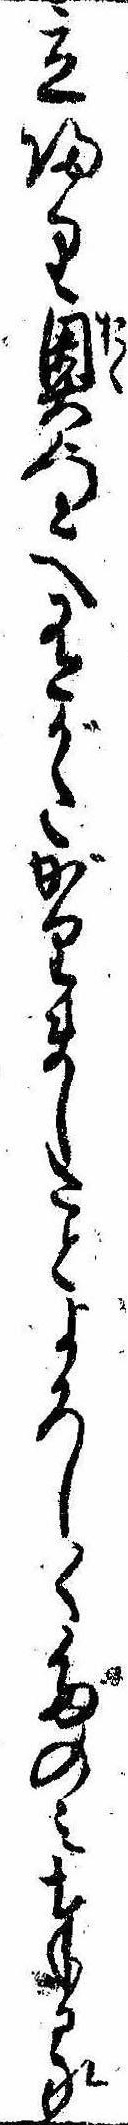
立帰り奥へ有がたがりましたとよろしくたのみ奉る